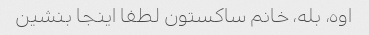
اوه، بله، خانم ساکستون لطفا اینجا بنشین